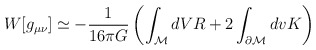
\begin{align*}W[g_{\mu\nu}]\simeq -{1 \over 16\pi G}\left(\int_{\cal M}dVR+2\int_{\partial{\cal M}}dv K\right)\end{align*}